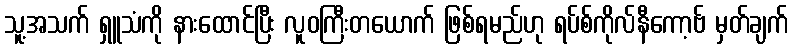
သူ့အသက် ရှူသံကို နားထောင်ပြီး လူဝကြီးတယောက် ဖြစ်ရမည်ဟု ရပ်စ်ကိုလ်နီကော့ဗ် မှတ်ချက်